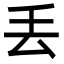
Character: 丢